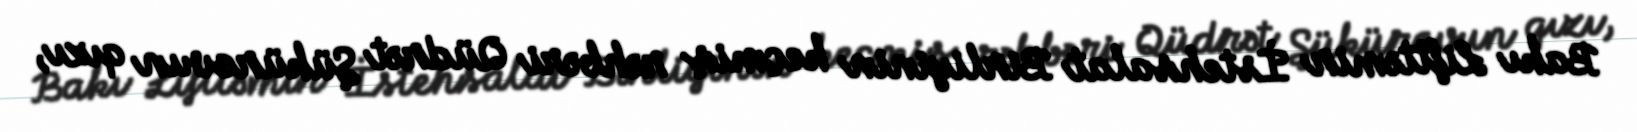
Bakı Lifttəmir İstehsalat Birliyinin keçmiş rəhbəri Qüdrət Şükürovun qızı,